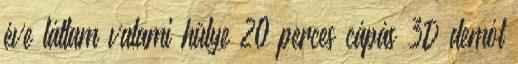
éve láttam valami hülye 20 perces cápás 3D demót